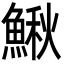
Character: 鰍